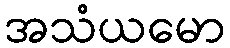
အသံယမော